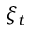
\xi _ { t }